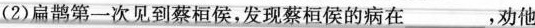
(2)扁鹊第一次见到蔡桓侯，发现蔡桓侯的病在___，劝他